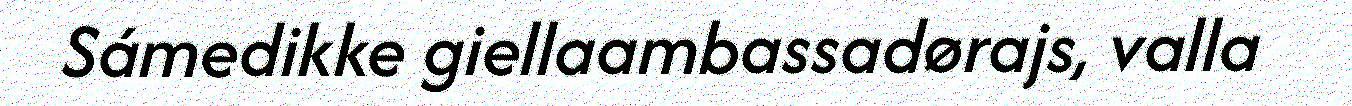
Sámedikke giellaambassadørajs, valla